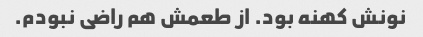
نونش کهنه بود. از طعمش هم راضی نبودم.